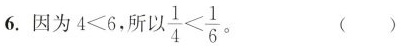
6.因为$$4 < 6$$，所以$$\frac { 1 } { 4 } < \frac { 1 } { 6 }$$。 （ ）